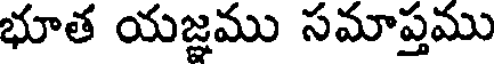
భూత యజ్ఞము సమాప్తము